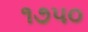
૧૭૫૦